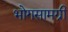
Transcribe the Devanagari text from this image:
भोगसामग्री